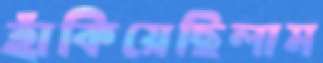
হাঁকিয়েছিলাম